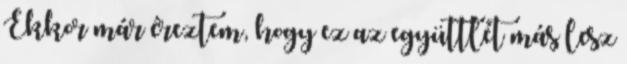
Ekkor már éreztem, hogy ez az együttlét más lesz